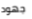
جهود